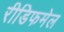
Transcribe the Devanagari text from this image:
रीडिफमेल